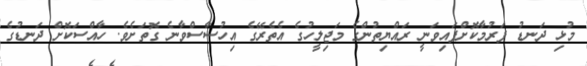
މުޅި ދަނޑު ފަރުމާކޮށްފައިވަނީ ރައްޔިތުންގެ މަޖިލީހުގެ އެތެރޭގެ އިހުސާސްވާނެ ގޮތަށެވެ. ހާއްސަކޮށް ދަނޑުގެ